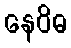
နေဝိဓ